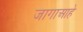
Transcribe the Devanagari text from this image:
जागाआहे